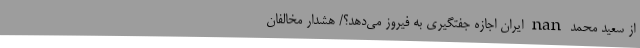
از سعید محمد nan ایران اجازه جفتگیری به فیروز می‌دهد؟/ هشدار مخالفان